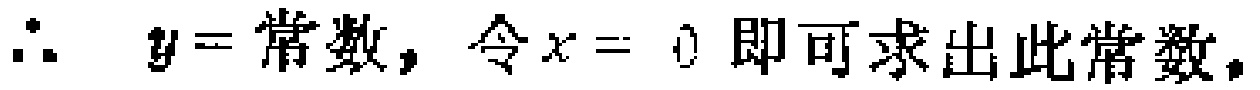
\(\therefore\  y = 常数，令x = 0即可求出此常数。\)